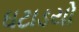
ઘટાડયો